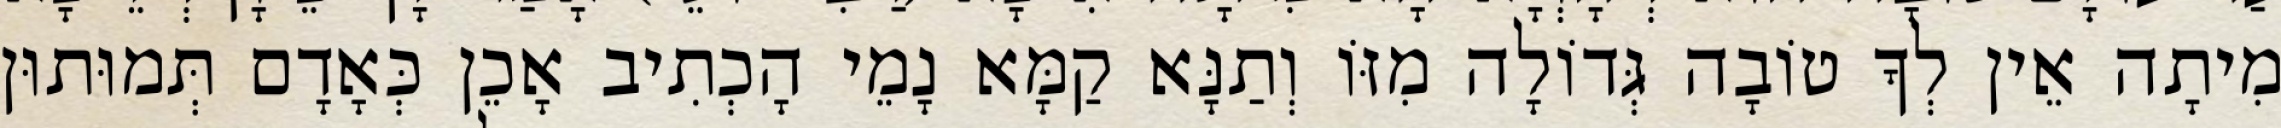
מִיתָה אֵין לְךָ טוֹבָה גְּדוֹלָה מִזּוֹ וְתַנָּא קַמָּא נָמֵי הָכְתִיב אָכֵן כְּאָדָם תְּמוּתוּן